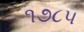
૧૭૮૫